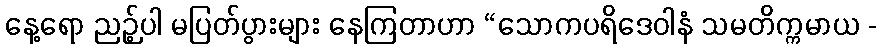
နေ့ရော ညဉ့်ပါ မပြတ်ပွားများ နေကြတာဟာ “သောကပရိဒေဝါနံ သမတိက္ကမာယ -